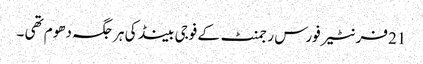
21 فرنٹیر فورس رجمنٹ کے فوجی بینڈ کی ہر جگہ دھوم تھی ۔